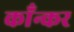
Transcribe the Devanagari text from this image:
काँन्कर